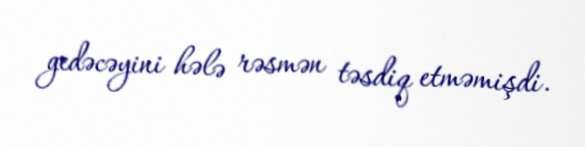
gedəcəyini hələ rəsmən təsdiq etməmişdi.